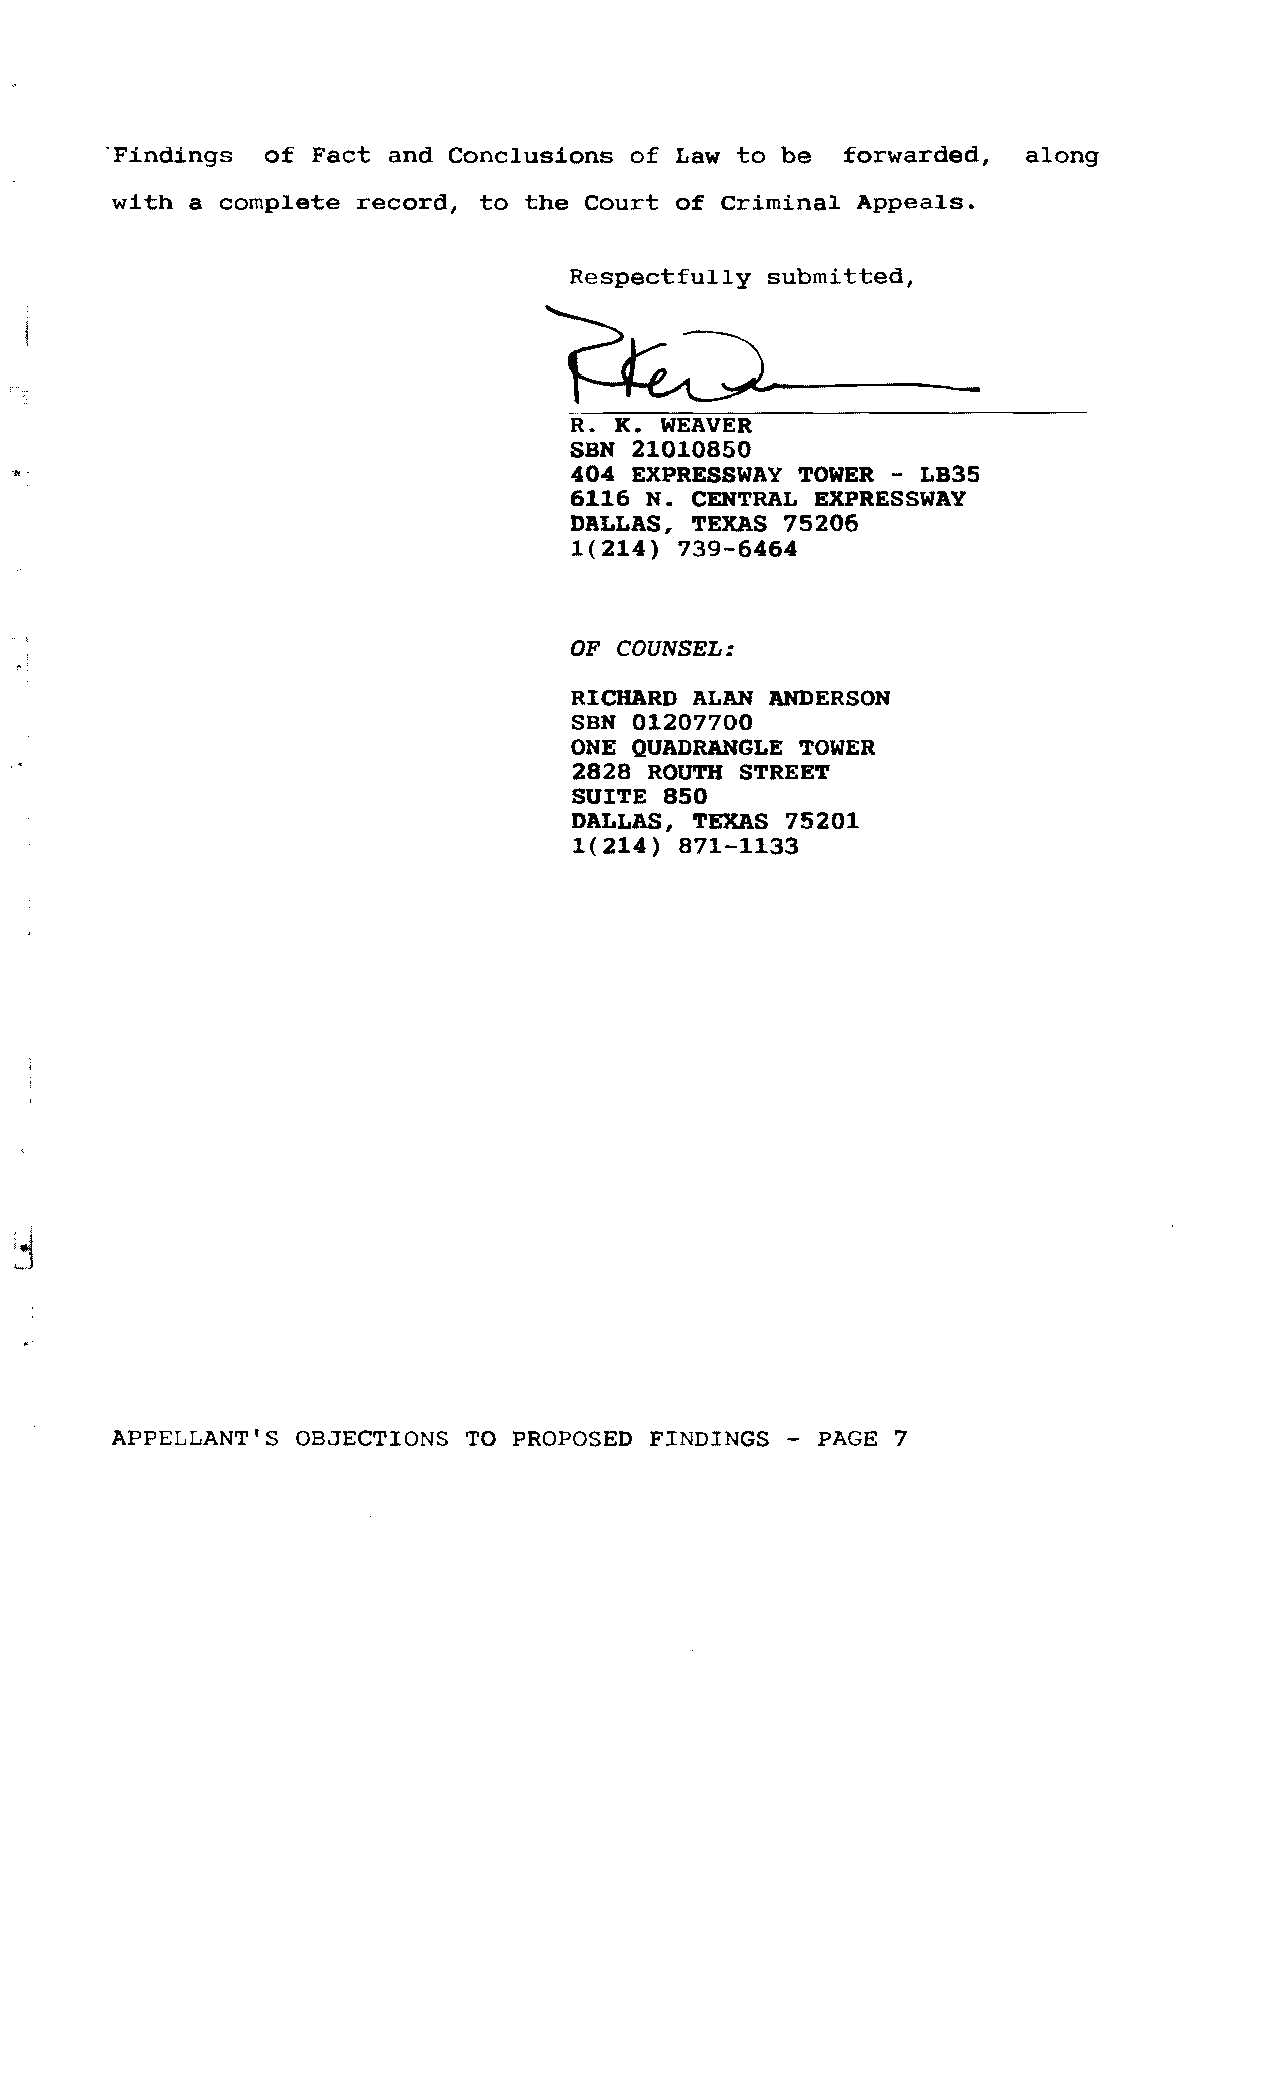
'Findings  of Fact and Conclusions of Law to be  forwarded,  along
 with  a complete record, to the Court of Criminal Appeals.
 Respectfully submitted,
 R. K. WEAVER
 SBN 21010850
 404 EXPRESSWAY TOWER - LB35
 6116 N. CENTRAL EXPRESSWAY
 DALLAS, TEXAS 75206
 1(214) 739-6464
 OF COUNSEL:
 RICHARD ALAN ANDERSON
 SBN 01207700
 ONE QUADRANGLE TOWER
 2828 ROUTH STREET
 SUITE 850
 DALLAS, TEXAS 75201
 1(214) 871-1133
 APPELLANT'S  OBJECTIONS TO PROPOSED FINDINGS - PAGE 7